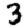
Digit: 3